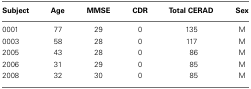
| Subject | Age | MMSE | CDR | Total CERAD | Sex |
 | --- | --- | --- | --- | --- | --- |
 | 0001 | 77 | 29 | 0 | 135 | M |
 | 0003 | 58 | 28 | 0 | 117 | M |
 | 2005 | 43 | 28 | 0 | 86 | M |
 | 2006 | 31 | 29 | 0 | 85 | M |
 | 2008 | 32 | 30 | 0 | 85 | M |